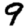
Digit: 9